Lunatic asylums Punjab 1868-1880 - 1868-1880
Year: 1868
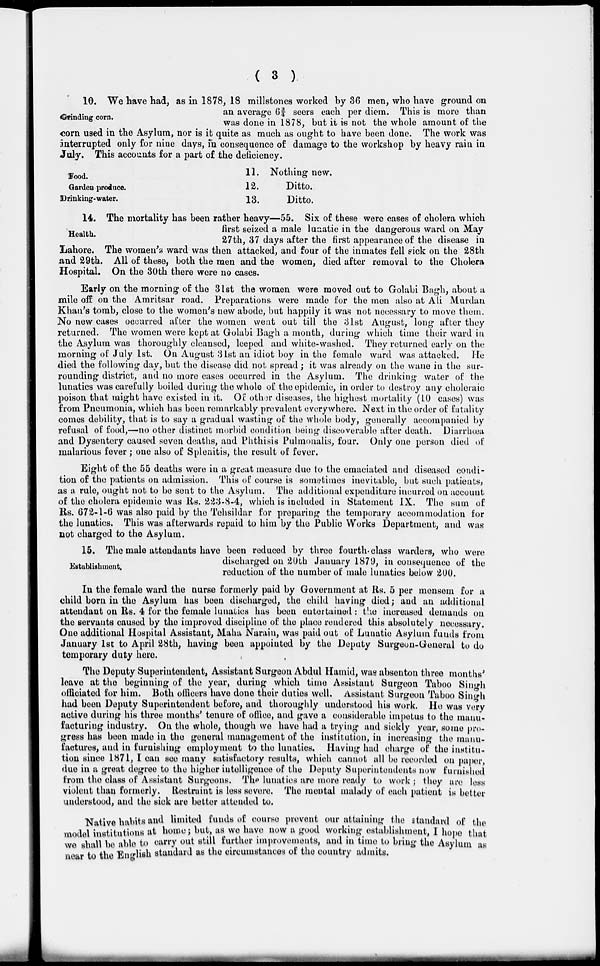
( 3 )
Grinding corn.
10. We have had , as in 1878, 18 millstones worked by 36 men, who have ground on
an average 6¾ seers each per diem. This is more than
was done in 1878, but it is not the whole amount of the
corn used in the Asylum, nor is it quite as much as ought to have been done. The work was
interrupted only for nine days, in consequence of damage to the workshop by heavy rain in
July. This accounts for a part of the deficiency.
Food.
Garden produce.
Drinking-water.
11. Nothing new.
12.
Ditto.
13.
Ditto.
Health.
14. The mortality has been rather heavy—55. Six of these were cases of cholera which
first seized a male lunatic in the dangerous ward on May
27th, 37 days after the first appearance of the disease in
Lahore. The women's ward was then attacked, and four of the inmates fell sick on the 28th
and 29th. All of these, both the men and the women, died after removal to the Cholera
Hospital. On the 30th there were no cases.
Early on the morning of the 31st the women were moved out to Golabi Bagh, about a
mile off on the Amritsar road. Preparations were made for the men also at Ali Murdan
Khan's tomb, close to the women's new abode, but happily it was not necessary to move them.
No new cases occurred after the women went out till the 31st August, long after they
returned. The women were kept at Golabi Bagh a month, during which time their ward in
the Asylum was thoroughly cleansed, leeped and white-washed. They returned early on the
morning of July 1st. On August 31st an idiot boy in the female ward was attacked. He
died the following day, but the disease did not spread ; it was already on the wane in the sur-
rounding district, and no more cases occurred in the Asylum. The drinking water of the
lunatics was carefully boiled during the whole of the epidemic, in order to destroy any choleraic
poison that might have existed in it. Of other diseases, the highest mortality (10 cases) was
from Pneumonia, which has been remarkably prevalent everywhere. Next in the order of fatality
comes debility, that is to say a gradual wasting of the whole body, generally accompanied by
refusal of food,... no other distinct morbid condition being discoverable after death. Diarrhœa
and Dysentery caused seven deaths, and Phthisis Pulmonalis, four. Only one person died of
malarious fever; one also of Splenitis, the result of fever.
Eight of the 55 deaths were in a great measure due to the emaciated and diseased condi-
tion of the patients on admission. This of course is sometimes inevitable, but such patients,
as a rule, ought not to be sent to the Asylum. The additional expenditure incurred on account
of the cholera epidemic was Rs. 223-8-4, which is included in Statement IX. The sum of
Rs. 672-1-6 was also paid by the Tehsildar for preparing the temporary accommodation for
the lunatics. This was afterwards repaid to him by the Public Works Department, and was
not charged to the Asylum.
Establishment.
15. The male attendants have been reduced by three fourth class warders, who were
discharged on 20th January 1879, in consequence of the
reduction of the number of male lunatics below 200.
In the female ward the nurse formerly paid by Government at Rs. 5 per mensem for a
child born in the Asylum has been discharged, the child having died ; and an additional
attendant on Rs. 4 for the female lunatics has been entertained : the increased demands on
the servants caused by the improved discipline of the place rendered this absolutely necessary.
One additional Hospital Assistant, Maha Narain, was paid out of Lunatic Asylum funds from
January 1st to April 28th, having been appointed by the Deputy Surgeon-General to do
temporary duty here.
The Deputy Superintendent, Assistant Surgeon Abdul Hamid, was absenton three months'
leave at the beginning of the year, during which time Assistant Surgeon Taboo Singh
officiated for him. Both officers have done their duties well. Assistant Surgeon Taboo Singh
had been Deputy Superintendent before, and thoroughly understood his work. He was very
active during his three months' tenure of office, and gave a considerable impetus to the manu-
facturing industry. On the whole, though we have had a trying* and sickly year, some pro-
gress has been made in the general management of the institution, in increasing the manu-
factures, and in furnishing employment to the lunatics. Having had charge of the institu-
tion since 1871, I can see many satisfactory results, which cannot all be recorded on paper,
due in a great degree to the higher intelligence of the Deputy Superintendents now furnished
from the class of Assistant Surgeons. The lunatics are more ready to work ; they are less
violent than formerly. Restraint is less severe. The mental malady of each patient is better
understood, and the sick are better attended to.
Native habits and limited funds of course prevent our attaining the standard of the
model institutions at home; but, as we have now a good working establishment, I hope that
we shall be able to carry out still further improvements, and in time to bring the Asylum as
near to the English standard as the circumstances of the country admits.